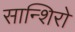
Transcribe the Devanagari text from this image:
सान्शिरो